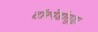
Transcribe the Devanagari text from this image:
टॉरपेडोसुद्धा